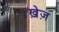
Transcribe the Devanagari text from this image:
ख़ेज़